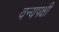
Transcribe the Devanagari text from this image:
वन्यपक्षी